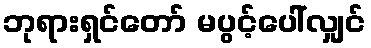
ဘုရားရှင်တော် မပွင့်ပေါ်လျှင်